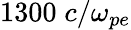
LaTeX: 1300\; c/\omega_{pe}